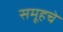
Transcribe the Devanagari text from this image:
समूहचे